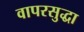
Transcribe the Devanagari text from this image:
वापरसुद्धा